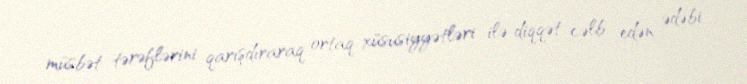
müsbət tərəflərini qarışdıraraq ortaq xüsusiyyətləri ilə diqqət cəlb edən ədəbi